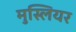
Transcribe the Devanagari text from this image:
मुस्लियर